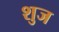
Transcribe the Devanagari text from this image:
शुज